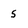
Character: 5